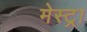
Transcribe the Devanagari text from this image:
मेस्ट्रा